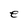
Character: e